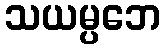
သယမ္ပဘေ